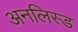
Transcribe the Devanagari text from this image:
अनलिस्ड